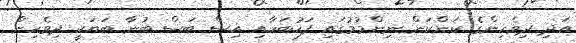
އަދި ދިވެހިންގެ ކަންކަން ނިންމުމުގައި ފަހުބަހާއި އިސް ބަސް ބުނާ ބަޔަކީ ދިވެހިން